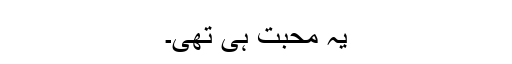
یہ محبت ہی تھی۔